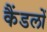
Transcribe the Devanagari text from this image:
कैंडलों